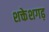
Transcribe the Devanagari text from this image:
शक्तेशगढ़